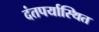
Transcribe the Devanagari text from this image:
दंतपर्यास्थित